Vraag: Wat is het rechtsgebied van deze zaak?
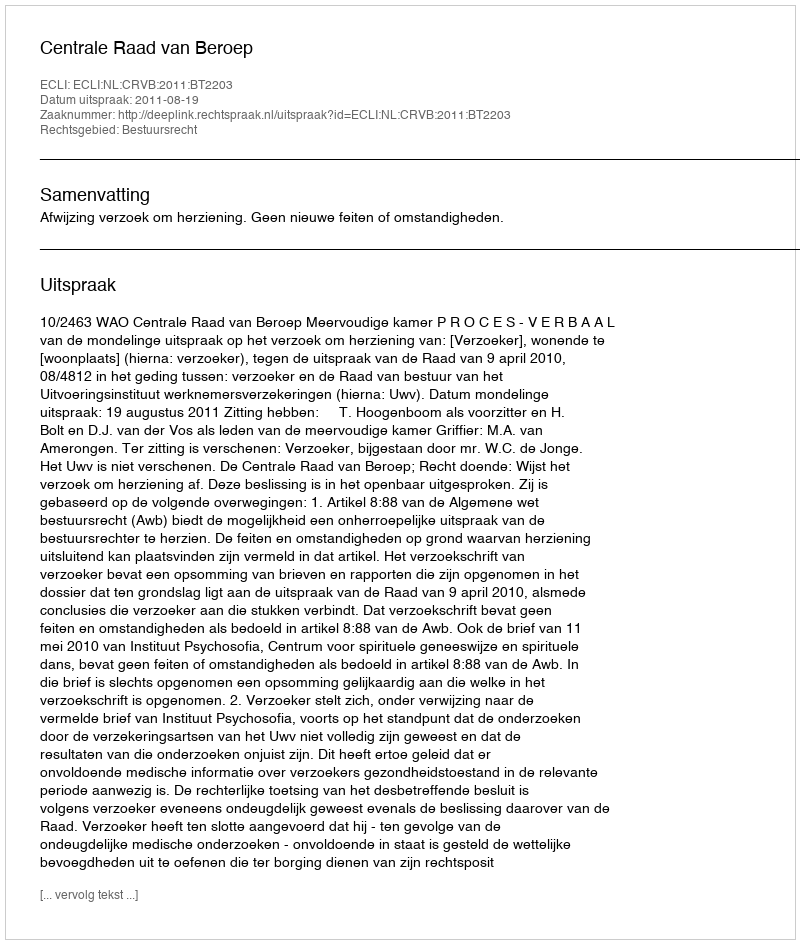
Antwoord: Bestuursrecht